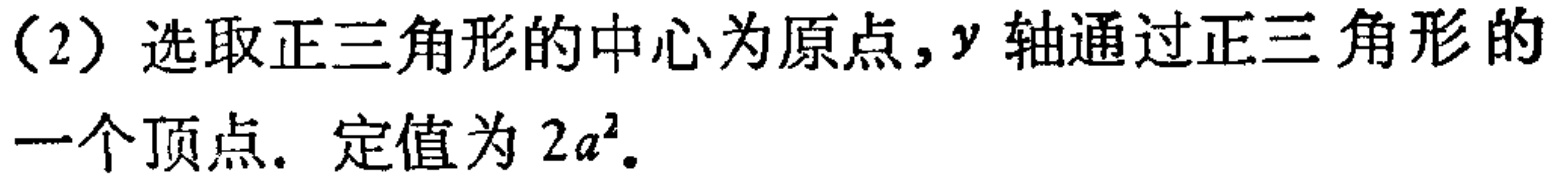
（2）选取正三角形的中心为原点,$y$轴通过正三角形的一个顶点. 定值为 $2a^{2}$.